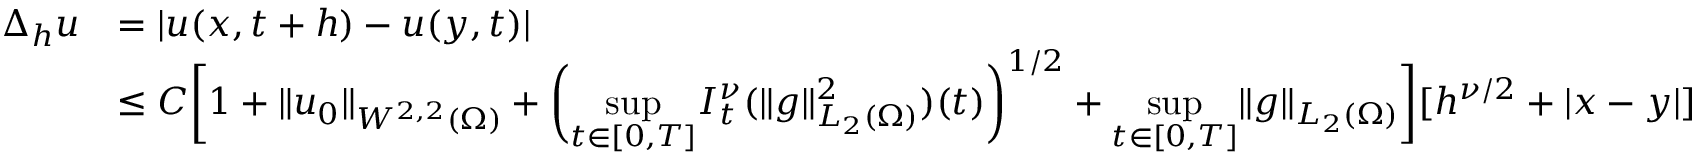
\begin{array} { r l } { \Delta _ { h } u } & { = | u ( x , t + h ) - u ( y , t ) | } \\ & { \leq C \bigg [ 1 + \| u _ { 0 } \| _ { W ^ { 2 , 2 } ( \Omega ) } + \bigg ( \underset { t \in [ 0 , T ] } { \operatorname* { s u p } } I _ { t } ^ { \nu } ( \| g \| _ { L _ { 2 } ( \Omega ) } ^ { 2 } ) ( t ) \bigg ) ^ { 1 / 2 } + \underset { t \in [ 0 , T ] } { \operatorname* { s u p } } \| g \| _ { L _ { 2 } ( \Omega ) } \bigg ] [ h ^ { \nu / 2 } + | x - y | ] } \end{array}